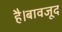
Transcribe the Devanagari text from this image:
है।बावजूद